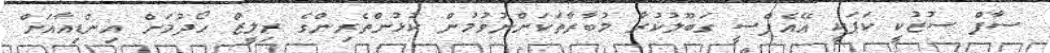
ސާފް ސުޒުކީ ކަޕަކީ އޭއެފްސީ ގަބޫލުކުރާ މުބާރާތަކަށްނުވުމުން ކުޅުންތެރިންގެ ރިލީޒް ހޯދުމަށް އިންޑިއާއަށް